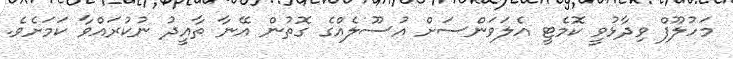
މަހުލޫފް ވިދާޅުވީ ކޮމެޓީ އެލަވަންސަށް އުސޫލެއްގެ ގޮތުން އޭނާ ތާއީދު ނުކުރައްވާ ކަމަށެވެ.